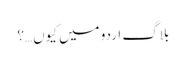
بلاگ اردو میں کیوں…؟